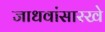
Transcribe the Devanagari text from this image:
जाधवांसारखे